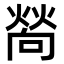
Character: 𤍀